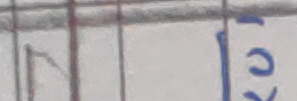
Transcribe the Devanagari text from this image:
को